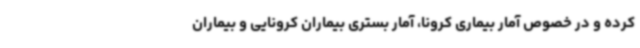
کرده و در خصوص آمار بیماری کرونا، آمار بستری بیماران کرونایی و بیماران